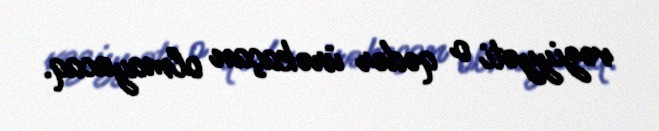
vəziyyəti o qədər ürəkaçan olmayacaq.